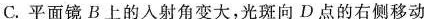
C.平面镜B上的入射角变大，光斑向D点的右侧移动